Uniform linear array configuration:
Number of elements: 8
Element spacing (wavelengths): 0.25
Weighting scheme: hamming
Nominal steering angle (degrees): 30
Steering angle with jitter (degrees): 31.302
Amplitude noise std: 0.05
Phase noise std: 0.05

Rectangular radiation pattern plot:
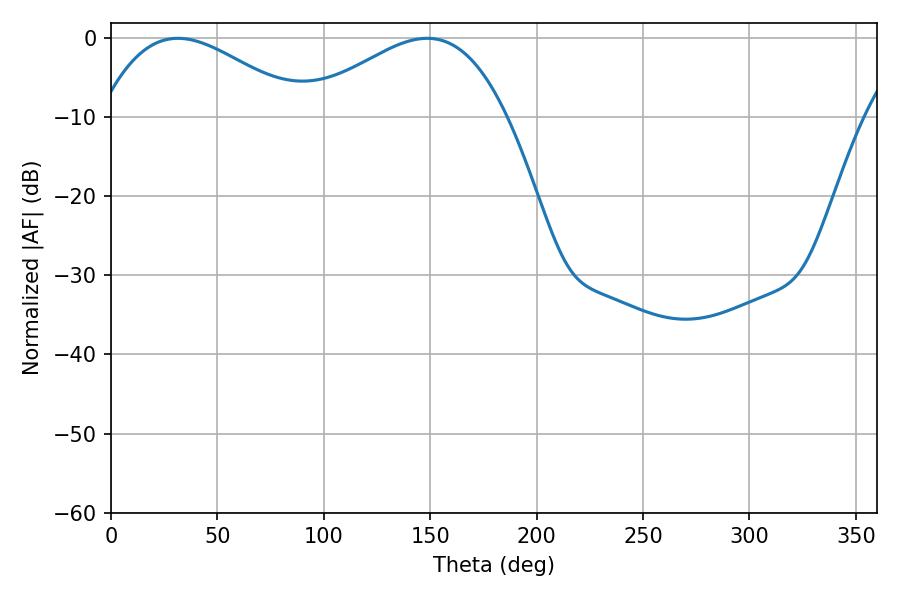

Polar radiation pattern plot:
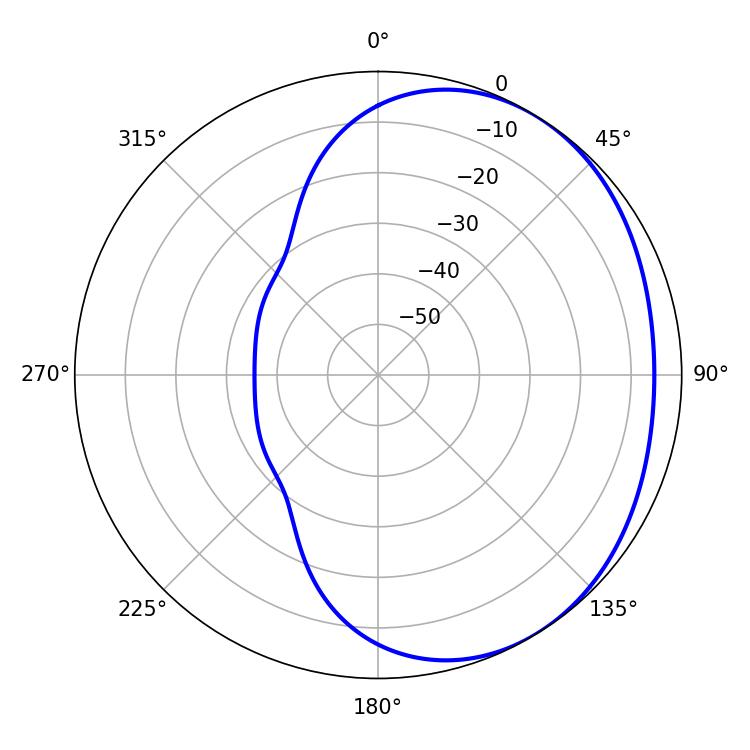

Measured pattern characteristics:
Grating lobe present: FALSE
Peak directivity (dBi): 2.43
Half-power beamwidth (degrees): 51.66
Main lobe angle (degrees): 31.5